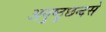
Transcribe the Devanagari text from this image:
अनुष्ठुछन्दसे